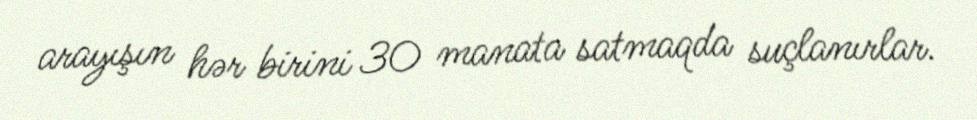
arayışın hər birini 30 manata satmaqda suçlanırlar.